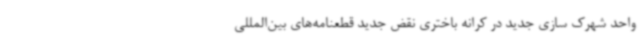
واحد شهرک سازی جدید در کرانه باختری نقض جدید قطعنامه‌های بین‌المللی